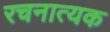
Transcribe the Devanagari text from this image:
रचनात्यक